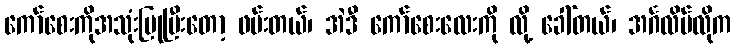
ကော်စေးကိုအသုံးပြုပြီးတော့ ဖမ်းတယ်၊ အဲဒီ ကော်စေးလေးကို လို့ ခေါ်တယ်၊ အင်္ဂလိပ်လိုက